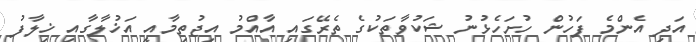
އަދި އެންމެ ފަހުން ހުށަހެޅުނު ޝަކުވާތަކުގެ ތެރޭގައި އާއްމު އިޖުތިމާއީ އަޚުލާގާއި ޚިލާފު